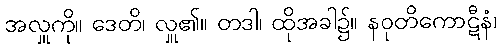
အလှူကို။ ဒေတိ၊ လှူ၏။ တဒါ၊ ထိုအခါ၌။ နဝုတိကောဋီနံ၊